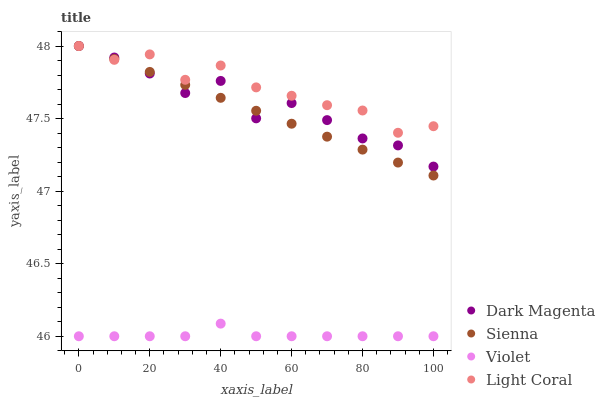
| xaxis_label | Dark Magenta | Sienna | Violet | Light Coral |
 | --- | --- | --- | --- | --- |
 | 0 | 48 | 48 | 46 | 48 |
 | 10 | 47.9 | 47.9 | 46 | 47.9 |
 | 20 | 47.8 | 47.8 | 46 | 47.9 |
 | 30 | 47.7 | 47.7 | 46 | 47.8 |
 | 40 | 47.8 | 47.6 | 46.1 | 47.9 |
 | 50 | 47.5 | 47.6 | 46 | 47.7 |
 | 60 | 47.6 | 47.5 | 46 | 47.7 |
 | 70 | 47.5 | 47.4 | 46 | 47.6 |
 | 80 | 47.4 | 47.3 | 46 | 47.6 |
 | 90 | 47.3 | 47.2 | 46 | 47.4 |
 | 100 | 47.2 | 47.1 | 46 | 47.4 |